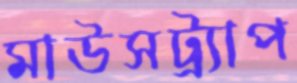
মাউসট্র্যাপ